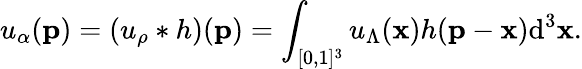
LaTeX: u_{\alpha}(\textbf{p})=(u_{\rho}*h)(\textbf{p})=\int_{[0,1]^{3}}u_{\Lambda}(\textbf{x})h(\textbf{p}-\textbf{x})\mathrm{d}^{3}\textbf{x}.